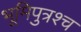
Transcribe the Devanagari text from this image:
भूमिपुत्रश्च